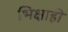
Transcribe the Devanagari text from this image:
भिक्षाही